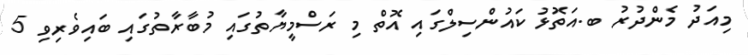
މިއަދު މެންދުރު ބ.އަތޮޅު ކައުންސިލްގައި އޮތް މި ރަސްމީޔާތުގައި މުބާރާތުގައި ބައިވެރިވި 5